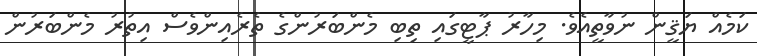
ކަމެއް ޔަޤީން ނުވާތީއެވެ. މިހާރު ޕާޓީގައި ތިބި މެންބަރުންގެ ތެރެއިންވެސް އިތުރު މެންބަރުން